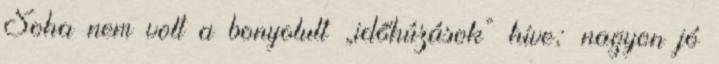
Soha nem volt a bonyolult „időhúzások” híve; nagyon jó